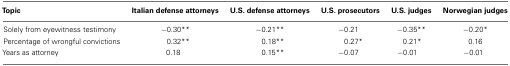
| Topic | Italian defense attorneys | U.S. defense attorneys | U.S. prosecutors | U.S. judges | Norwegian judges |
 | --- | --- | --- | --- | --- | --- |
 | Solely from eyewitness testimony | −0.30** | −0.21** | −0.21 | −0.35** | −0.20* |
 | Percentage of wrongful convictions | 0.32** | 0.18** | 0.27* | 0.21* | 0.16 |
 | Years as attorney | 0.18 | 0.15** | −0.07 | −0.01 | −0.01 |